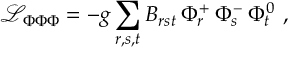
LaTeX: \mathcal { L } _ { \Phi \Phi \Phi } = - g \sum _ { r , s , t } B _ { r s t } \, \Phi _ { r } ^ { + } \, \Phi _ { s } ^ { - } \, \Phi _ { t } ^ { 0 } \, \, ,